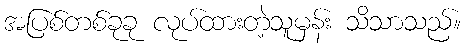
အပြစ်တစ်ခုခု လုပ်ထားတဲ့သူမှန်း သိသာသည်။